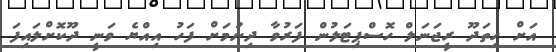
އަށް ހިތަދޫ ރީޖަނަލް ހޮސްޕިޓަލުން ފަރުވާ ދިނުމަށް ފަހު އިއްޔެ ވަނީ ދޫކޮށްލައިފަ